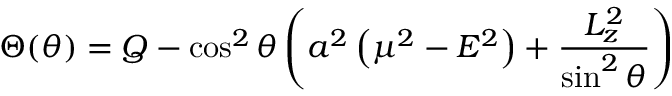
\Theta ( \theta ) = Q - \cos ^ { 2 } \theta \left( a ^ { 2 } \left( \mu ^ { 2 } - E ^ { 2 } \right) + { \frac { L _ { z } ^ { 2 } } { \sin ^ { 2 } \theta } } \right)